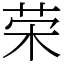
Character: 荣